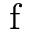
\mathrm { f }